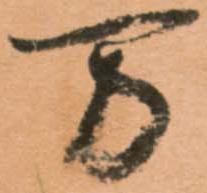
万